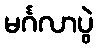
မင်္ဂလာပွဲ